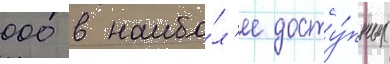
000 в наибо́л'ее досту́пных